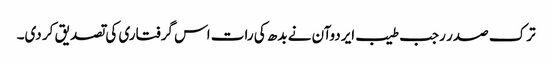
ترک صدر رجب طیب ایردوآن نے بدھ کی رات اس گرفتاری کی تصدیق کر دی۔